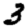
Digit: 3